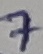
Text: 7